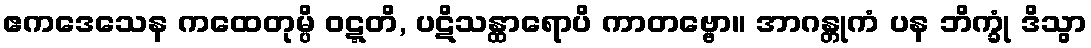
ဧကဒေသေန ကထေတုမ္ပိ ဝဋ္ဋတိ, ပဋိသန္ထာရောပိ ကာတဗ္ဗော။ အာဂန္တုကံ ပန ဘိက္ခုံ ဒိသွာ